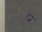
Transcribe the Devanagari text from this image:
प्‍र